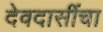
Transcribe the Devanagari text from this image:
देवदासींचा